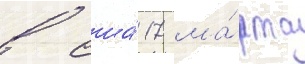
в сша́ 17 ма́рта